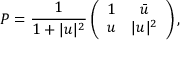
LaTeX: P = \frac { 1 } { 1 + | u | ^ { 2 } } \left( \begin{array} { c c } { { 1 } } & { { \bar { u } } } \\ { { u } } & { { | u | ^ { 2 } } } \end{array} \right) ,